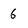
Character: 6